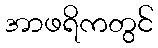
အာဖရိကတွင်